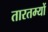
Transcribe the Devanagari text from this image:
तारतम्यों